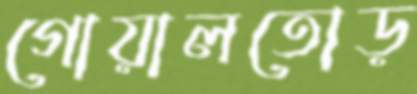
গোয়ালতোড়